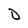
Character: D